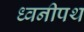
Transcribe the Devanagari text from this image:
ध्वनीपथ